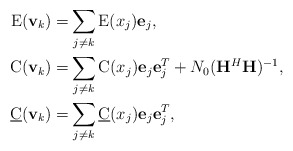
\begin{align*}\text E({\bf v}_k) =&\sum_{j\neq k} \text E (x_j) {\bf e}_j, \\{\text C}({\bf v}_k) =&\sum_{j\neq k}{\text C}(x_j){\bf e}_j{\bf e}_j^T + N_0({\bf H}^H{\bf H})^{-1}, \\{\underline{\text C}}({\bf v}_k) =&\sum_{j\neq k} {\underline {\text C}}(x_j){\bf e}_j{\bf e}_j^T, \end{align*}